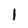
Character: 1